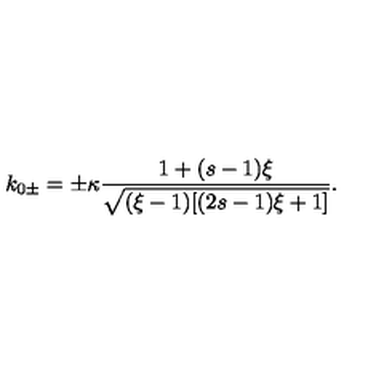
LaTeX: k _ { 0 \pm } = \pm \kappa \frac { 1 + ( s - 1 ) \xi } { \sqrt { ( \xi - 1 ) [ ( 2 s - 1 ) \xi + 1 ] } } .